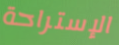
الإستراحة